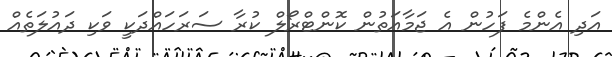
އަދި އެންމެ ފަހުން އެ ޖަމާއަތުން ކޮންޓްރޯލް ކުރާ ސަރަހައްދަކީ ވަކި ދައުލަތެއް